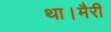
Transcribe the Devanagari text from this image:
था।मैरी